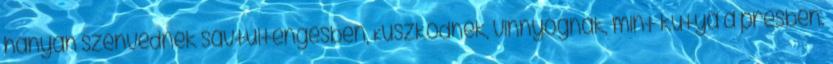
hányan szenvednek savtúltengésben, Küszködnek, vinnyognak, mint kutya a présben.